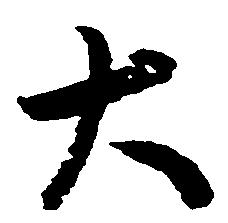
大